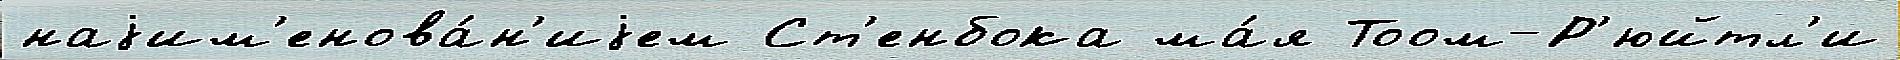
наjим'енова́н'иjем Ст'енбока ма́я Тоом-Р'юйтл'и